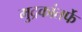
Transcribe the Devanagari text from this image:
मुद्रकांतर्फे